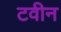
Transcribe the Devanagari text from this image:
टवीन